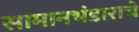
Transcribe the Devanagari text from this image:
सामानभंडाराचे